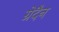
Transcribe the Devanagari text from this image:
ग्रेदैन